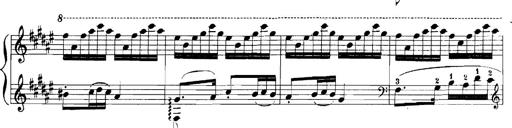
Title: Rhapsodies hongroises
Composer: Franz Liszt